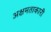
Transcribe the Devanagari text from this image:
अक्षमताकारी